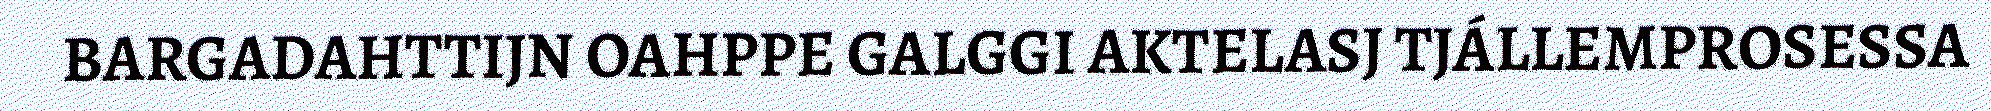
BARGADAHTTIJN OAHPPE GALGGI AKTELASJ TJÁLLEMPROSESSA